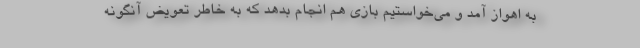
به اهواز آمد و می‌خواستیم بازی هم انجام بدهد که به خاطر تعویض آنگونه